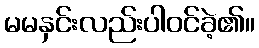
မမနှင်းလည်းပါဝင်ခဲ့၏။